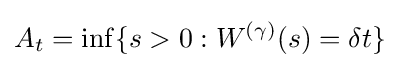
A_{t}=\inf\{s>0:W^{(\gamma )}(s)=\delta t\}